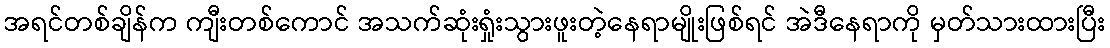
အရင်တစ်ချိန်က ကျီးတစ်ကောင် အသက်ဆုံးရှုံးသွားဖူးတဲ့နေရာမျိုးဖြစ်ရင် အဲဒီနေရာကို မှတ်သားထားပြီး